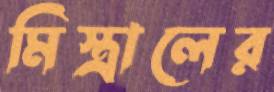
মিস্ত্রালের